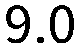
9.0